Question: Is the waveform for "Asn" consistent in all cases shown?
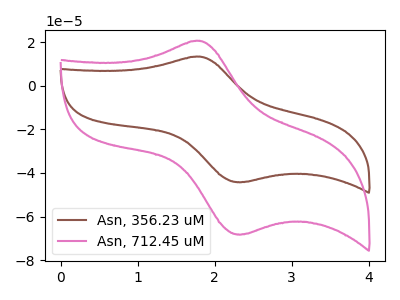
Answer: <think>The brown curve "Asn, 356.23 uM" has an anodic peak at (1.80V, 13.35uA) and a cathodic peak at (2.35V, -44.20uA). The pink curve "Asn, 712.45 uM" has an anodic peak at (1.80V, 20.60uA) and a cathodic peak at (2.35V, -68.15uA).
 All the peaks in "Asn, 356.23 uM" have a peak in "Asn, 712.45 uM" at the same potential. Every peak in "Asn, 356.23 uM" is lower than every peak in "Asn, 712.45 uM".</think>
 <answer>All the CV's of "Asn" have similar shape.</answer>
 <eval>follow_rule</eval>